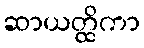
ဆာယတ္ထိကာ